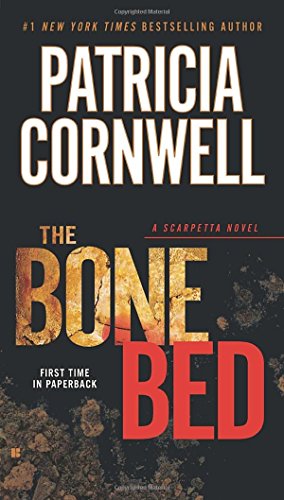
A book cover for The Bone Bed: Scarpetta (Book 20); Patricia Cornwell; Mystery, Thriller & Suspense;